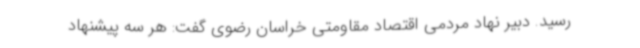
رسید. دبیر نهاد مردمی اقتصاد مقاومتی خراسان رضوی گفت: هر سه پیشنهاد